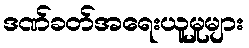
ဒဏ်ခတ်အရေးယူမှုများ